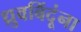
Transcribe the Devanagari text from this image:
ध्रुवबिंदूंना